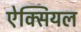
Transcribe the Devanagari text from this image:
ऐक्सियल